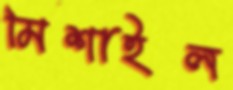
মিশাইল